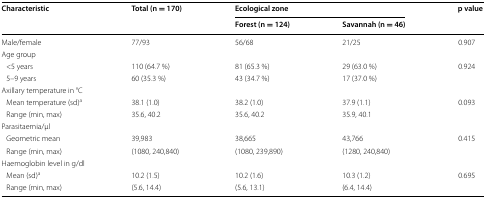
<table><thead><tr><td rowspan="2"><b>Characteristic</b></td><td rowspan="2"><b>Total (n = 170)</b></td><td colspan="2"><b>Ecological zone</b></td><td rowspan="2"><b>p value</b></td></tr><tr><td><b>Forest (n = 124)</b></td><td><b>Savannah (n = 46)</b></td></tr></thead><tbody><tr><td>Male/female</td><td>77/93</td><td>56/68</td><td>21/25</td><td>0.907</td></tr><tr><td colspan="5">Age group</td></tr><tr><td> &lt;5 years</td><td>110 (64.7 %)</td><td>81 (65.3 %)</td><td>29 (63.0 %)</td><td rowspan="2">0.924</td></tr><tr><td> 5–9 years</td><td>60 (35.3 %)</td><td>43 (34.7 %)</td><td>17 (37.0 %)</td></tr><tr><td colspan="5">Axillary temperature in °C</td></tr><tr><td> Mean temperature (sd)<sup>a</sup></td><td>38.1 (1.0)</td><td>38.2 (1.0)</td><td>37.9 (1.1)</td><td rowspan="2">0.093</td></tr><tr><td> Range (min, max)</td><td>35.6, 40.2</td><td>35.6, 40.2</td><td>35.9, 40.1</td></tr><tr><td colspan="5">Parasitaemia/μl</td></tr><tr><td> Geometric mean</td><td>39,983</td><td>38,665</td><td>43,766</td><td rowspan="2">0.415</td></tr><tr><td> Range (min, max)</td><td>(1080, 240,840)</td><td>(1080, 239,890)</td><td>(1280, 240,840)</td></tr><tr><td colspan="5">Haemoglobin level in g/dl</td></tr><tr><td> Mean (sd)<sup>a</sup></td><td>10.2 (1.5)</td><td>10.2 (1.6)</td><td>10.3 (1.2)</td><td rowspan="2">0.695</td></tr><tr><td> Range (min, max)</td><td>(5.6, 14.4)</td><td>(5.6, 13.1)</td><td>(6.4, 14.4)</td></tr></tbody></table>